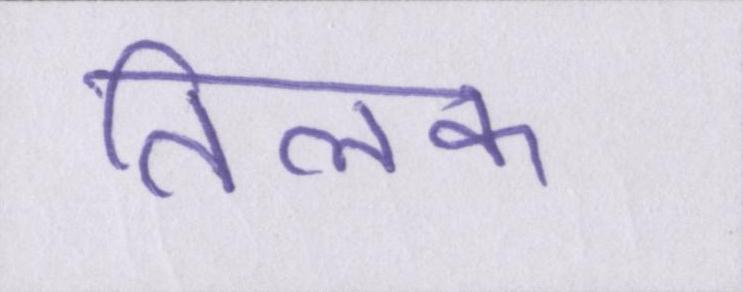
तिलक